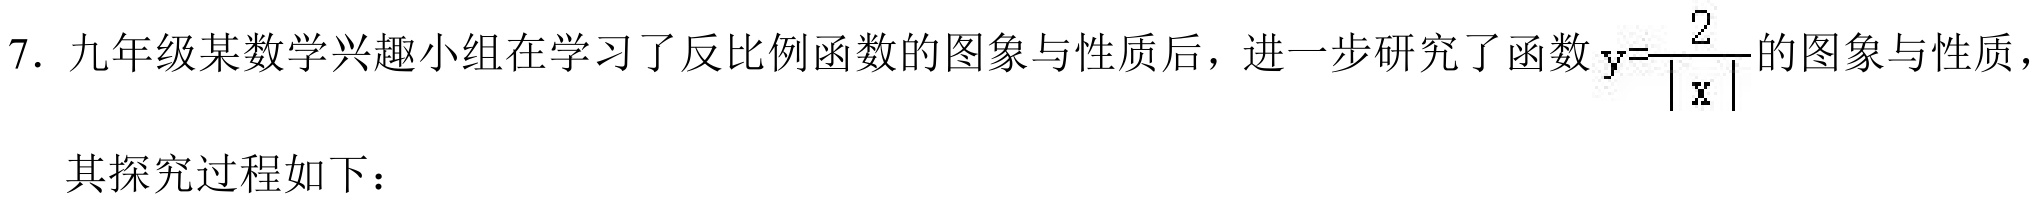
7. 九年级某数学兴趣小组在学习了反比例函数的图象与性质后，进一步研究了函数$y = \dfrac{2}{\vert x\vert}$的图象与性质，
其探究过程如下：